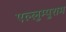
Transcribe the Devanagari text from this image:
एल्लुम्पुराम